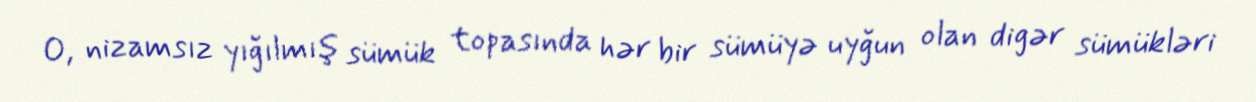
O, nizamsız yığılmış sümük topasında hər bir sümüyə uyğun olan digər sümükləri